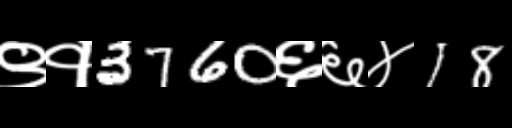
Text: ९१3760६६४18